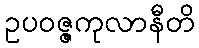
ဥပဝဇ္ဇကုလာနီတိ